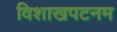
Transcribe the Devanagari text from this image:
विशाखपटनम